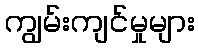
ကျွမ်းကျင်မှုများ